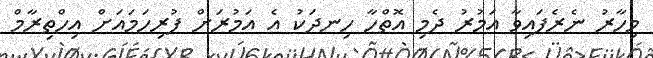
މިހާރު ނެރެފައިވާ އަމުރު ދެމި އޮތްހާ ހިނދަކު އެ އަމުރަށް ފުރިހަމައަށް އިހްތިރާމް